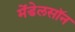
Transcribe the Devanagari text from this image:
मेंडेलसॉन